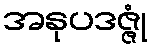
အနုပဒဇ္ဇုံ